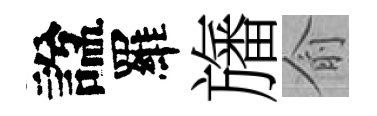
諡羅旛俞